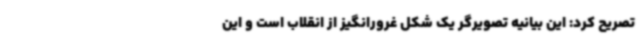
تصریح کرد: این بیانیه تصویرگر یک شکل غرورانگیز از انقلاب است و این